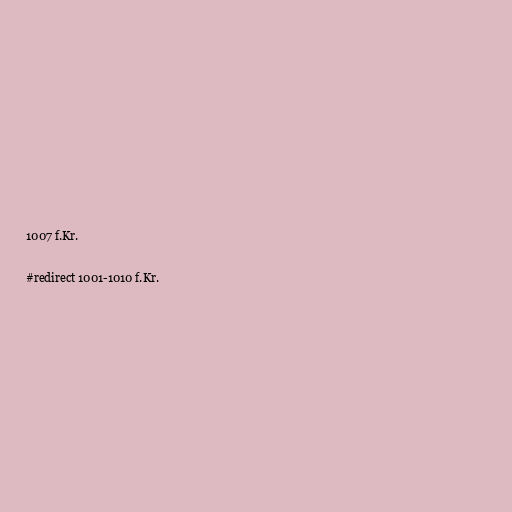
1007 f.Kr.

#redirect 1001-1010 f.Kr.